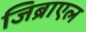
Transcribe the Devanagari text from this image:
जिब्राएल